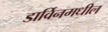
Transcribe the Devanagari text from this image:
डार्विनमधील